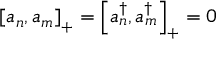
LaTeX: \left[ a _ { n } , a _ { m } \right] _ { + } = \left[ a _ { n } ^ { \dagger } , a _ { m } ^ { \dagger } \right] _ { + } = 0